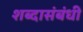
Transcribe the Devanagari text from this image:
शब्दासंबंधी